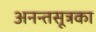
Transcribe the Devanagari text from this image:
अनन्तसूत्रका